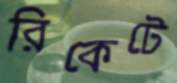
রিকেটে